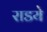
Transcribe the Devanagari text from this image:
राडये